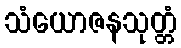
သံယောဇနသုတ္တံ